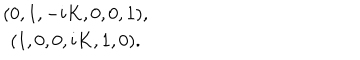
\begin{array} { c c c c c c } { { ( 0 , 1 , - i K , 0 , 0 , 1 ) , } } \\ { { ( 1 , 0 , 0 , i K , 1 , 0 ) . } } \\ \end{array}